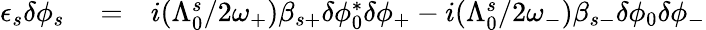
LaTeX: \begin{array}{rlr}{\epsilon_{s}\delta\phi_{s}}&{{}=}&{i(\Lambda_{0}^{s}/2\omega_{+})\beta_{s+}\delta\phi_{0}^{*}\delta\phi_{+}-i(\Lambda_{0}^{s}/2\omega_{-})\beta_{s-}\delta\phi_{0}\delta\phi_{-}}\end{array}